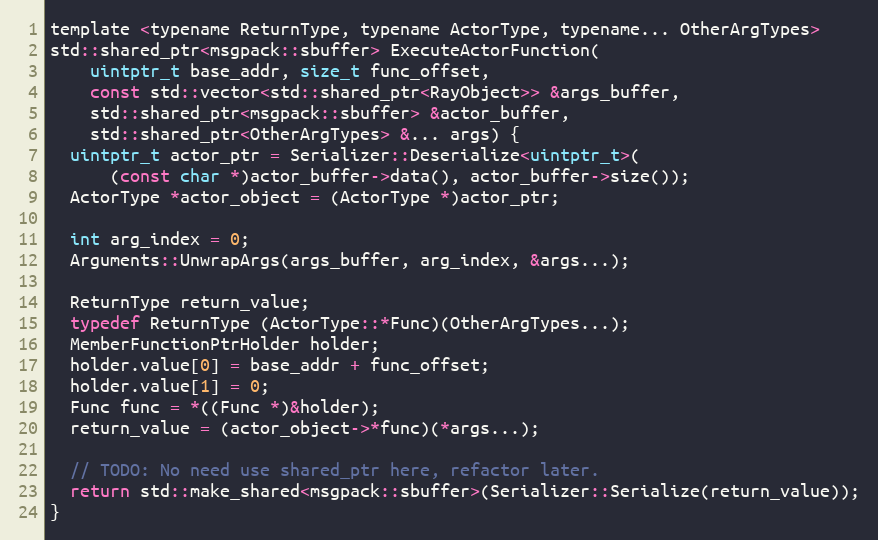
Language: C
template <typename ReturnType, typename ActorType, typename... OtherArgTypes>
std::shared_ptr<msgpack::sbuffer> ExecuteActorFunction(
    uintptr_t base_addr, size_t func_offset,
    const std::vector<std::shared_ptr<RayObject>> &args_buffer,
    std::shared_ptr<msgpack::sbuffer> &actor_buffer,
    std::shared_ptr<OtherArgTypes> &... args) {
  uintptr_t actor_ptr = Serializer::Deserialize<uintptr_t>(
      (const char *)actor_buffer->data(), actor_buffer->size());
  ActorType *actor_object = (ActorType *)actor_ptr;

  int arg_index = 0;
  Arguments::UnwrapArgs(args_buffer, arg_index, &args...);

  ReturnType return_value;
  typedef ReturnType (ActorType::*Func)(OtherArgTypes...);
  MemberFunctionPtrHolder holder;
  holder.value[0] = base_addr + func_offset;
  holder.value[1] = 0;
  Func func = *((Func *)&holder);
  return_value = (actor_object->*func)(*args...);

  // TODO: No need use shared_ptr here, refactor later.
  return std::make_shared<msgpack::sbuffer>(Serializer::Serialize(return_value));
}